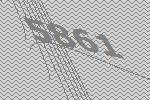
5861